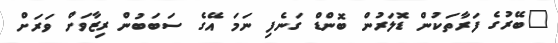
"ބޭރުގެ ފަރާތަކުން ޑޮލަރުން ބޮންޑް ގަނެފި ނަމަ އޭގެ ސަބަބުން ރިޒާވަށް ވަރަށް